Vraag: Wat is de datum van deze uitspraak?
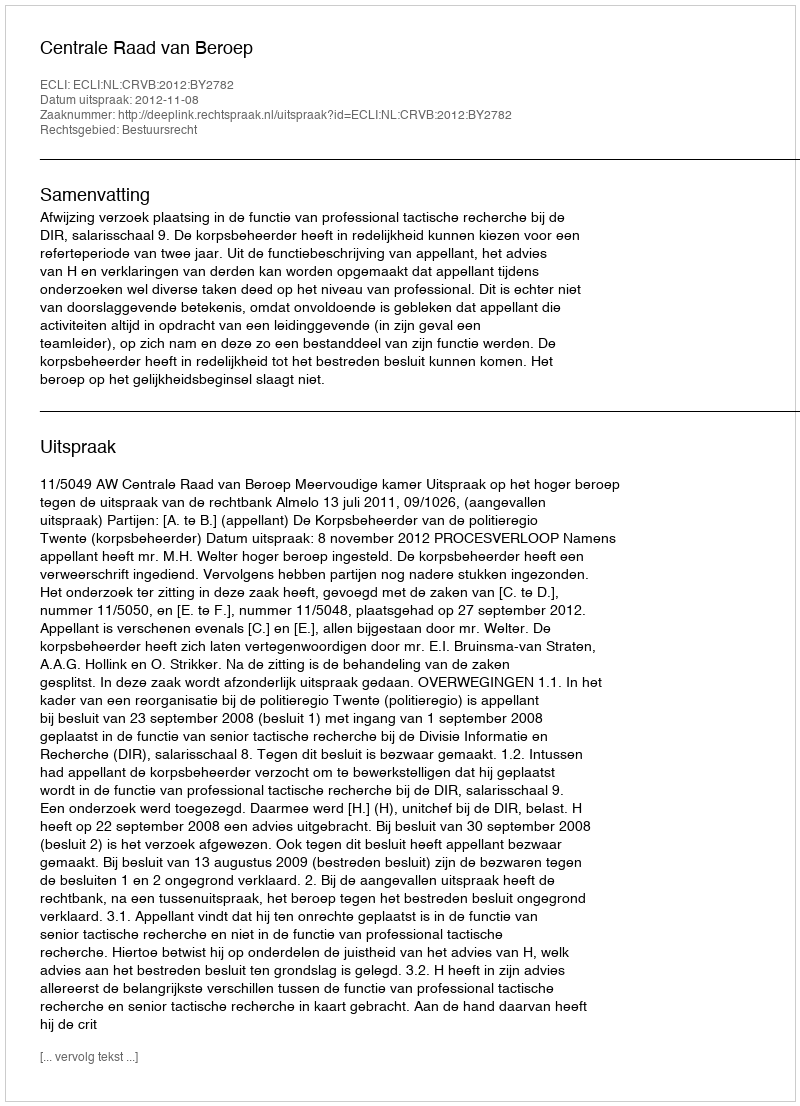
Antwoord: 2012-11-08